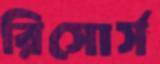
রিসোর্স